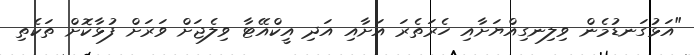
"އަޅުގަނޑުމެން ވިލިނގިއްޔަށާއި ހެރަތެރަ އަށާއި އަދި އީކްއޭޓާ ވިލެޖަށް ވަރަށް ފުޅާކޮށް ތަކެތި